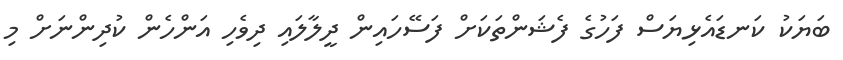
ބަޔަކު ކަނޑައެޅިޔަސް ފަހުގެ ފެޝަންތަކަށް ފަސޭހައިން ދީލާލައި ދިވެހި އަންހެން ކުދިންނަށް މި